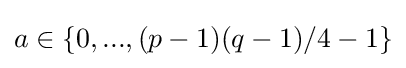
a\in \left\{0,...,(p-1)(q-1)/4-1\right\}